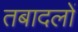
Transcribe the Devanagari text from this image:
तबादलों